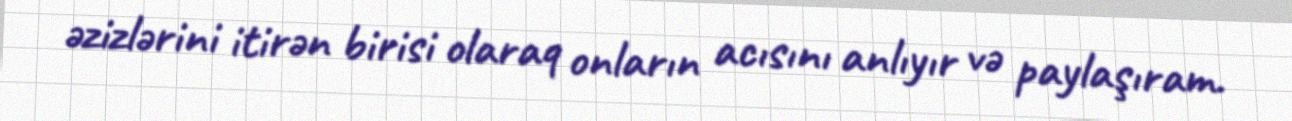
əzizlərini itirən birisi olaraq onların acısını anlıyır və paylaşıram.